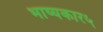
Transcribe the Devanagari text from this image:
भाष्यकार५